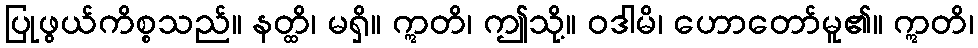
ပြုဖွယ်ကိစ္စသည်။ နတ္ထိ၊ မရှိ။ ဣတိ၊ ဤသို့။ ဝဒါမိ၊ ဟောတော်မူ၏။ ဣတိ၊